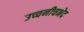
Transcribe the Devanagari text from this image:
उच्चनीचभेद